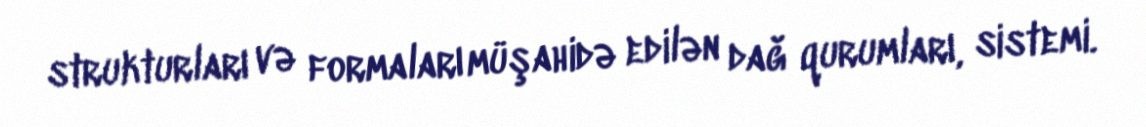
strukturları və formaları müşahidə edilən dağ qurumları, sistemi.